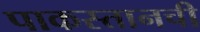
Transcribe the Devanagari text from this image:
पाकस्तानची